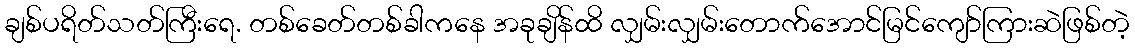
ချစ်ပရိတ်သတ်ကြီးရေ. တစ်ခေတ်တစ်ခါကနေ အခုချိန်ထိ လျှမ်းလျှမ်းတောက်အောင်မြင်ကျော်ကြားဆဲဖြစ်တဲ့